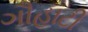
ગૌહાટી